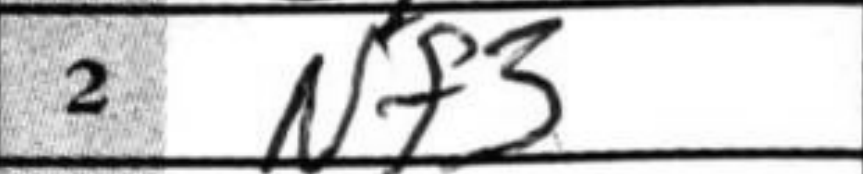
Transcription: Nf3